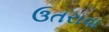
ઉતરાવા